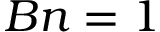
B n = 1